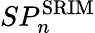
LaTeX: SP_{n}^{\mathrm{SRIM}}